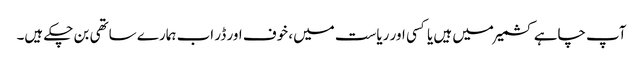
آپ چاہے کشمیر میں ہیں یا کسی اور ریاست میں، خوف اور ڈر اب ہمارے ساتھی بن چکے ہیں۔